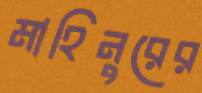
মাহিনুরের